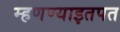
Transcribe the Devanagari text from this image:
म्हणण्याइतपत